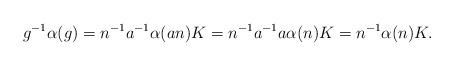
LaTeX: \begin{align*}g^{-1} \alpha(g) = n^{-1} a^{-1} \alpha(an) K = n ^{-1} a^{-1}a \alpha(n) K = n^{-1} \alpha(n) K.\end{align*}